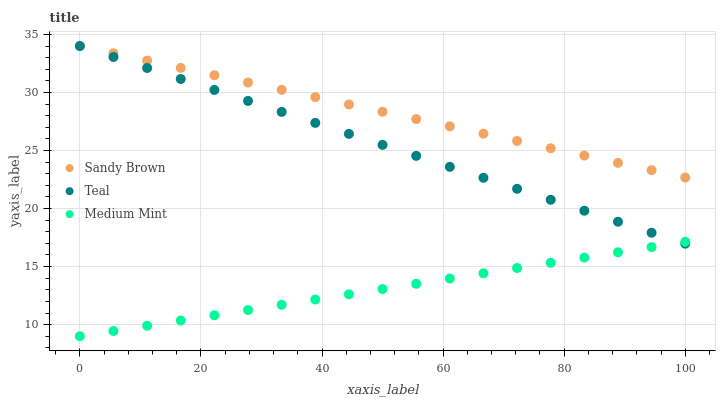
| xaxis_label | Sandy Brown | Teal | Medium Mint |
 | --- | --- | --- | --- |
 | 0 | 34 | 34 | 9 |
 | 5.56 | 33.4 | 33.1 | 9.45 |
 | 11.1 | 32.7 | 32.1 | 9.9 |
 | 16.7 | 32.1 | 31.2 | 10.4 |
 | 22.2 | 31.5 | 30.2 | 10.8 |
 | 27.8 | 30.9 | 29.3 | 11.3 |
 | 33.3 | 30.2 | 28.3 | 11.7 |
 | 38.9 | 29.6 | 27.4 | 12.2 |
 | 44.4 | 29 | 26.4 | 12.6 |
 | 50 | 28.3 | 25.5 | 13.1 |
 | 55.6 | 27.7 | 24.5 | 13.5 |
 | 61.1 | 27.1 | 23.6 | 14 |
 | 66.7 | 26.5 | 22.6 | 14.4 |
 | 72.2 | 25.8 | 21.7 | 14.9 |
 | 77.8 | 25.2 | 20.8 | 15.3 |
 | 83.3 | 24.6 | 19.8 | 15.8 |
 | 88.9 | 23.9 | 18.9 | 16.2 |
 | 94.4 | 23.3 | 17.9 | 16.7 |
 | 100 | 22.7 | 17 | 17.1 |